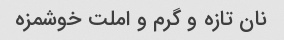
نان تازه و گرم و املت خوشمزه